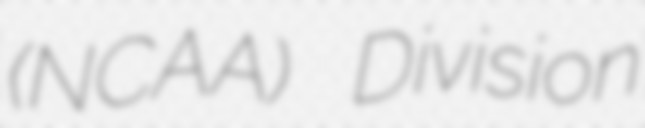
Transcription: (NCAA) Division